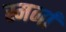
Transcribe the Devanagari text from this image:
स्मर्ना